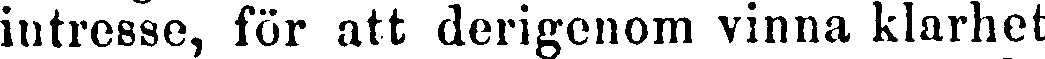
intresse, för att derigenom vinna klarhet